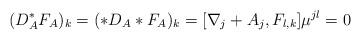
LaTeX: \begin{align*}(D^*_AF_A)_k=(*D_A*F_A)_k=[\nabla_j+A_j,F_{l,k}]\mu^{jl}=0\end{align*}